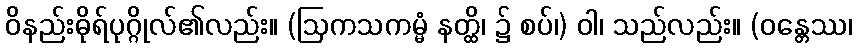
ဝိနည်းဓိုရ်ပုဂ္ဂိုလ်၏လည်း။ (ဩကသကမ္မံ နတ္ထိ၊ ၌ စပ်၊) ဝါ၊ သည်လည်း။ (ဝန္တေဿ၊